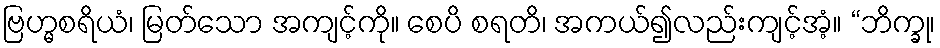
ဗြဟ္မစရိယံ၊ မြတ်သော အကျင့်ကို။ စေပိ စရတိ၊ အကယ်၍လည်းကျင့်အံ့။ “ဘိက္ခု၊